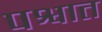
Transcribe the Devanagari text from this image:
पश्वात